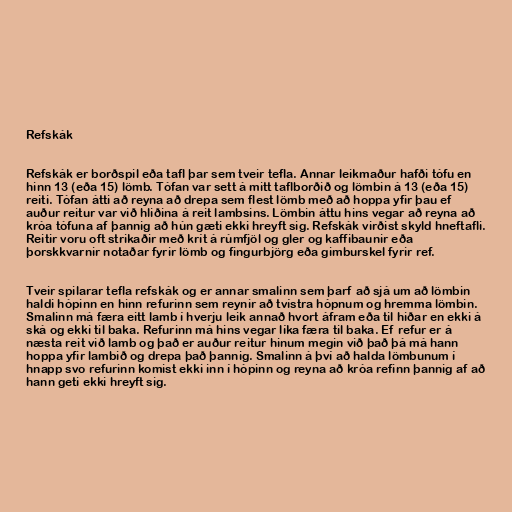
Refskák

Refskák er borðspil eða tafl þar sem tveir tefla. Annar leikmaður hafði tófu en
hinn 13 (eða 15) lömb. Tófan var sett á mitt taflborðið og lömbin á 13 (eða 15)
reiti. Tófan átti að reyna að drepa sem flest lömb með að hoppa yfir þau ef
auður reitur var við hliðina á reit lambsins. Lömbin áttu hins vegar að reyna að
króa tófuna af þannig að hún gæti ekki hreyft sig. Refskák virðist skyld hneftafli.
Reitir voru oft strikaðir með krít á rúmfjöl og gler og kaffibaunir eða
þorskkvarnir notaðar fyrir lömb og fingurbjörg eða gimburskel fyrir ref.

Tveir spilarar tefla refskák og er annar smalinn sem þarf að sjá um að lömbin
haldi hópinn en hinn refurinn sem reynir að tvístra hópnum og hremma lömbin.
Smalinn má færa eitt lamb í hverju leik annað hvort áfram eða til hiðar en ekki á
ská og ekki til baka. Refurinn má hins vegar líka færa til baka. Ef refur er á
næsta reit við lamb og það er auður reitur hinum megin við það þá má hann
hoppa yfir lambið og drepa það þannig. Smalinn á því að halda lömbunum í
hnapp svo refurinn komist ekki inn í hópinn og reyna að króa refinn þannig af að
hann geti ekki hreyft sig.